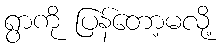
ရွာကို ပြန်တော့မလို့